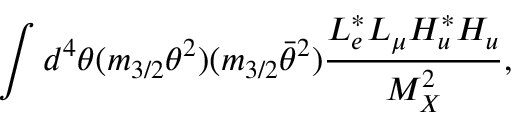
\int d ^ { 4 } \theta ( m _ { 3 / 2 } \theta ^ { 2 } ) ( m _ { 3 / 2 } \bar { \theta } ^ { 2 } ) \frac { L _ { e } ^ { * } L _ { \mu } H _ { u } ^ { * } H _ { u } } { M _ { X } ^ { 2 } } ,